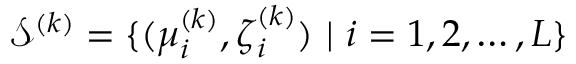
{ \mathcal S } ^ { ( k ) } = \{ ( \boldsymbol { \mu } _ { i } ^ { ( k ) } , \boldsymbol { \zeta } _ { i } ^ { ( k ) } ) ~ | ~ i = 1 , 2 , \ldots , L \}